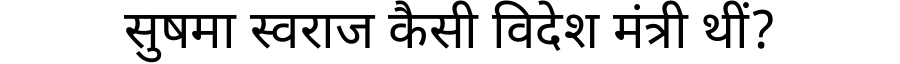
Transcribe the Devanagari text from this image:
सुषमा स्वराज कैसी विदेश मंत्री थीं?